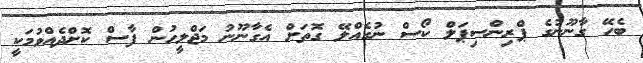
ބެހޭ ގާނޫނުގެ ޕްރިންސިޕަލް ކޯސް ނުގެއްލޭ ގޮތަށް އެގާނޫނު މަޖްލީހުން ފާސް ކޮށްދެއްވުމަކީ